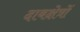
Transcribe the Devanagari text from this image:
दाबक्षेत्रों